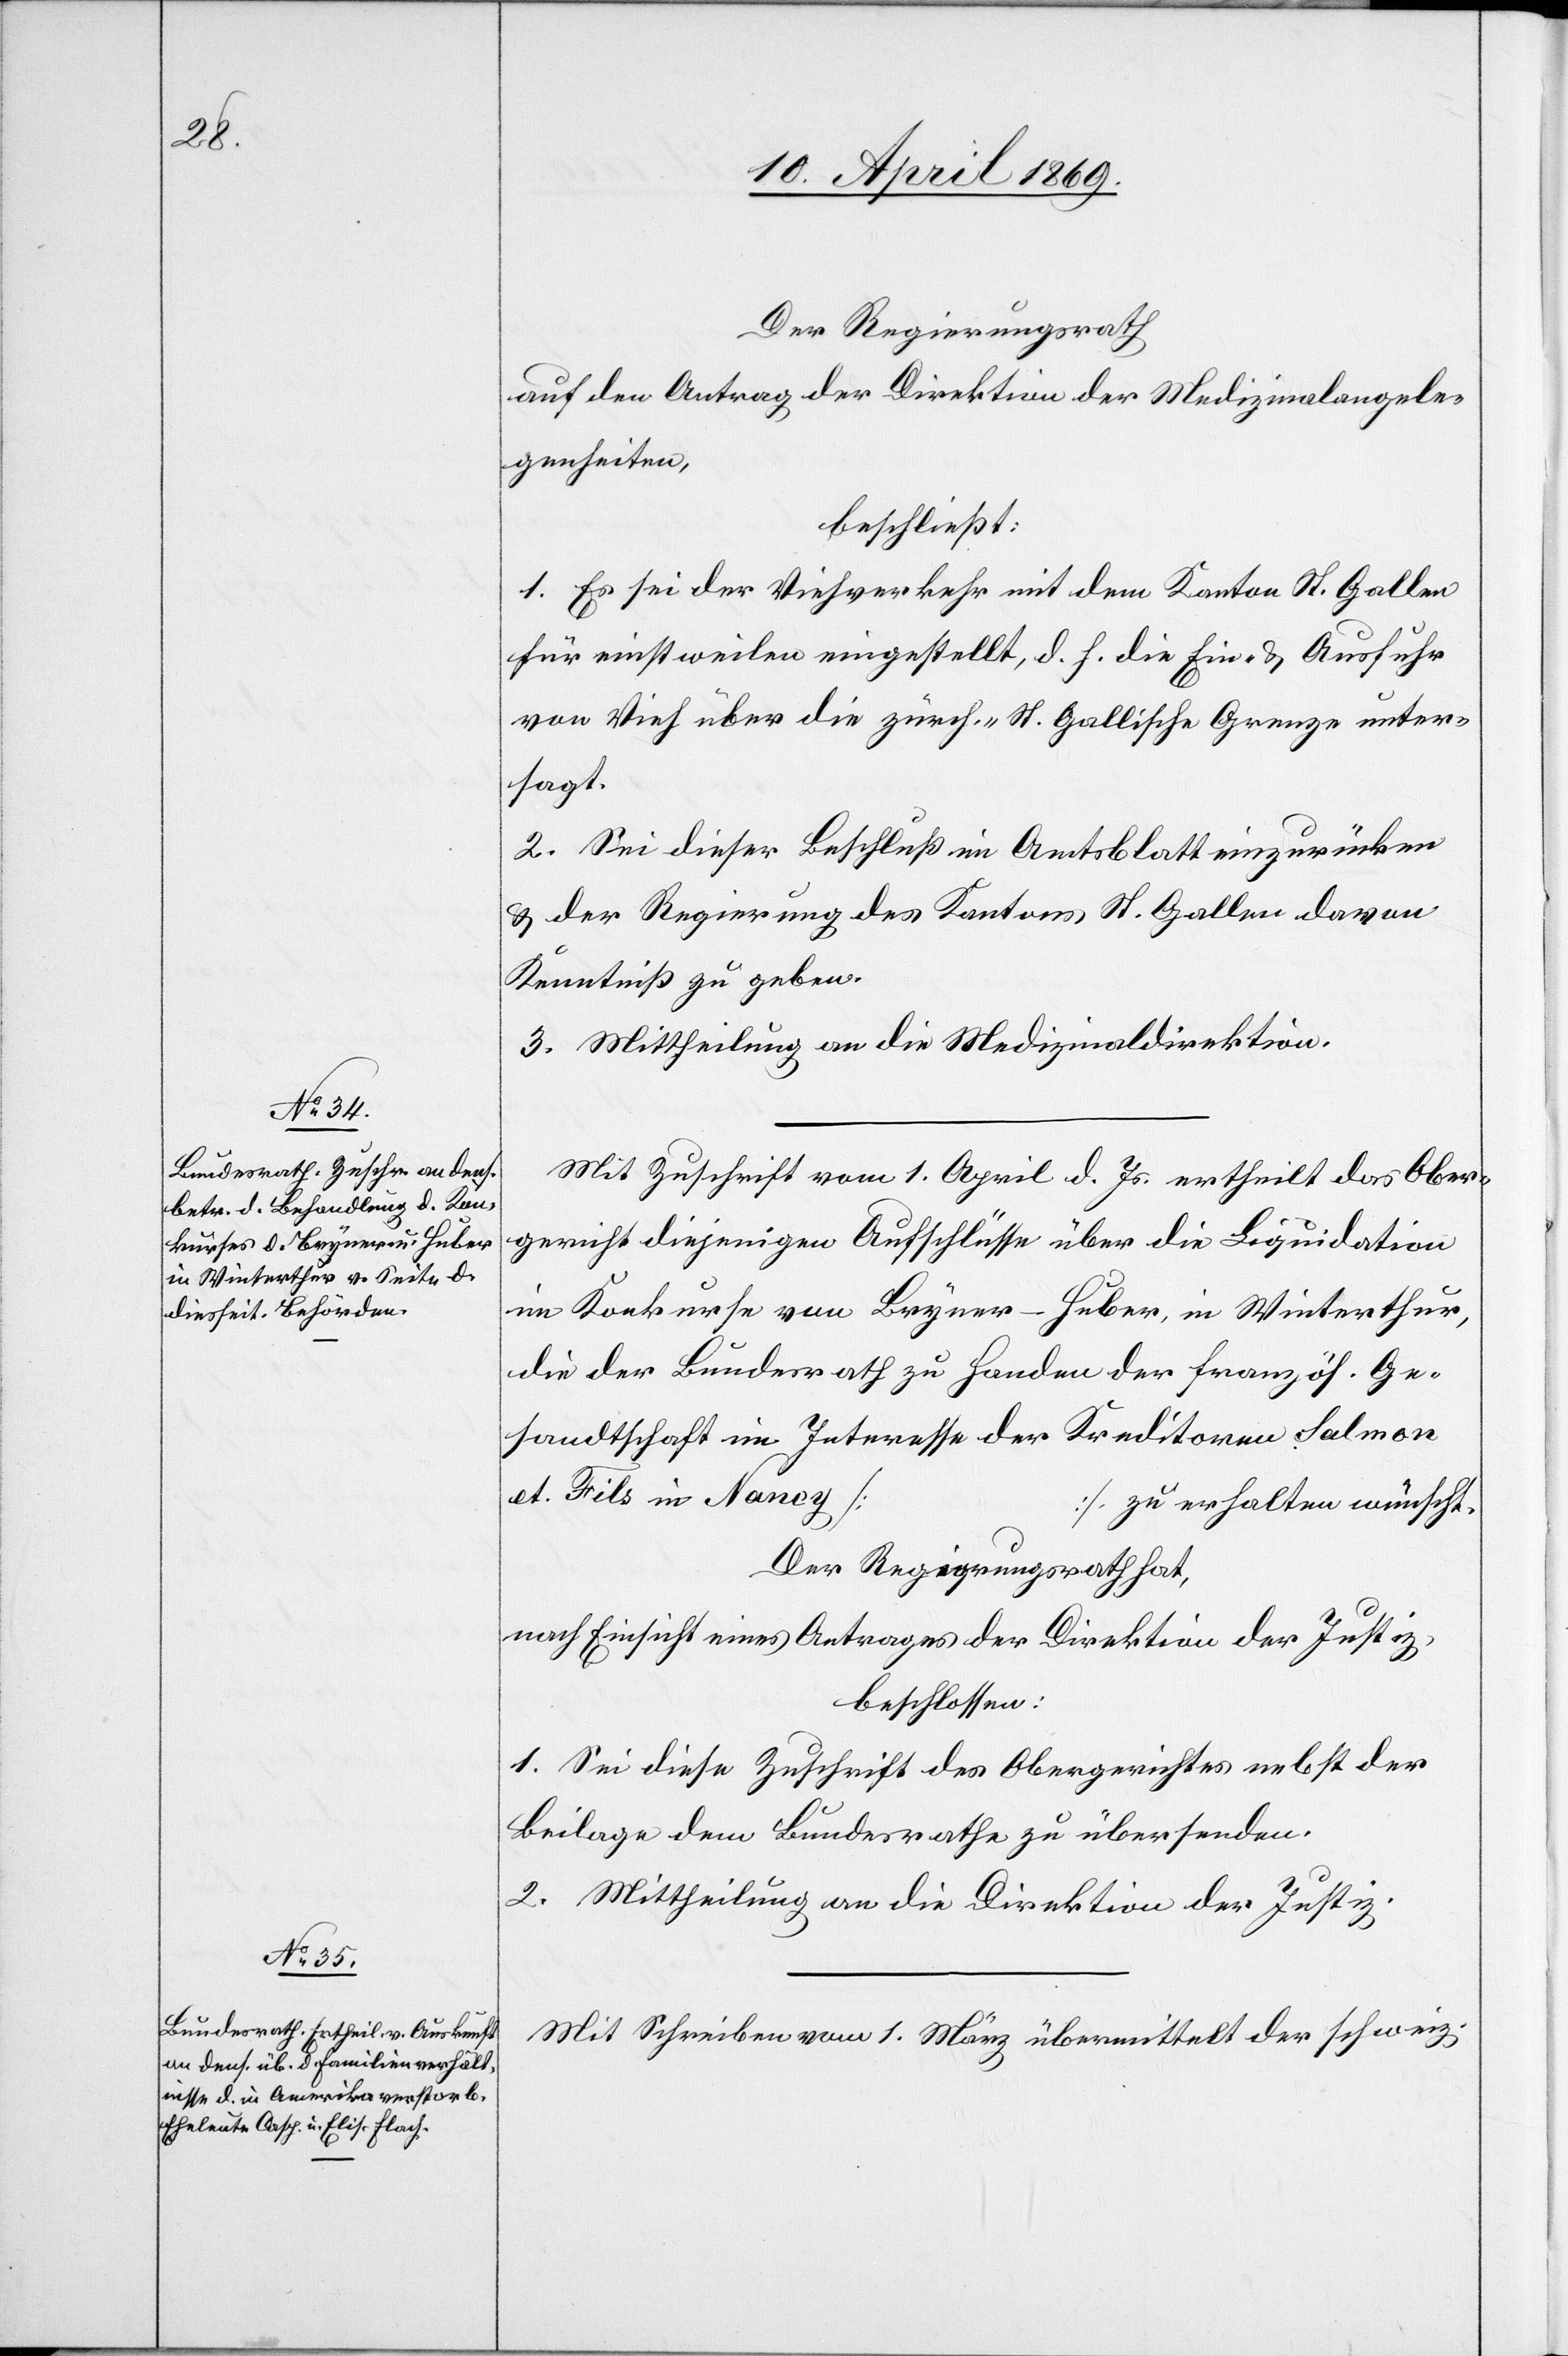
Der Regierungsrath
auf den Antrag der Direktion der Medizinalangele¬
genheiten,
beschließt:
1. Es sei der Viehverkehr mit dem Kanton St. Gallen
für einstweilen eingestellt, d. h. die Ein- u. Ausfuhr
von Vieh über die zürch.-St. Gallische Grenze unter¬
sagt.
2. Sei dieser Beschluß im Amtsblatt einzurücken
u. der Regierung des Kantons St. Gallen davon
Kenntniß zu geben.
3. Mittheilung an die Medizinaldirektion.
Mit Zuschrift vom 1. April d. Js. ertheilt das Ober¬
gericht diejenigen Aufschlüsse über die Liquidation
im Konkurse von Bryner-Huber, in Winterthur,
die der Bundesrath zu Handen der französ. Ge¬
sandtschaft im Interesse der Kreditoren Salmon
et Fils in Nancy […]
zu erheben wünscht.
Der Regierungsrath hat,
nach Einsicht eines Antrages der Direktion der Justiz,
beschlossen:
1. Sei diese Zuschrift des Obergerichtes nebst der
Beilage dem Bundesrathe zu übersenden.
2. Mittheilung an die Direktion der Justiz.
Mit Schreiben vom 1. März übermittelt der schweiz.